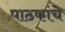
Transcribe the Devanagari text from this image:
पाठकांचे